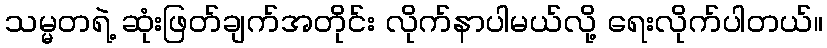
သမ္မတရဲ့ ဆုံးဖြတ်ချက်အတိုင်း လိုက်နာပါမယ်လို့ ရေးလိုက်ပါတယ်။